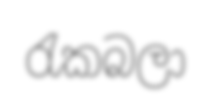
රැකබලා